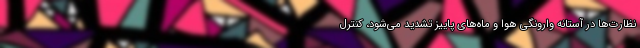
نظارت‌ها در آستانه وارونگی هوا و ماه‌های پاییز تشدید می‌شود، کنترل